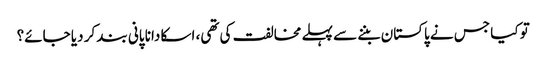
تو کیا جس نے پاکستان بننے سے پہلے مخالفت کی تھی، اسکا دانا پانی بند کر دیا جائے؟